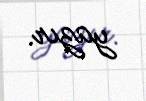
yazır.